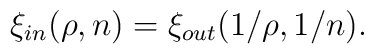
\xi_{\small in}(\rho,n) = \xi_{\small out}(1/\rho,1/n).